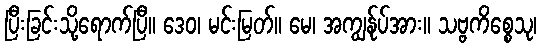
ပြီးခြင်းသို့ရောက်ပြီ။ ဒေဝ၊ မင်းမြတ်။ မေ၊ အကျွန်ုပ်အား။ သဗ္ဗကိစ္စေသု၊